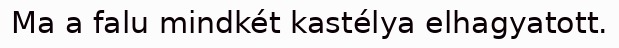
Ma a falu mindkét kastélya elhagyatott.